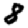
Digit: 8